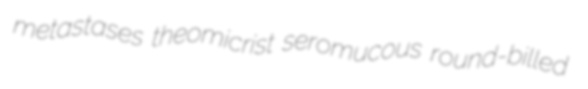
metastases theomicrist seromucous round-billed